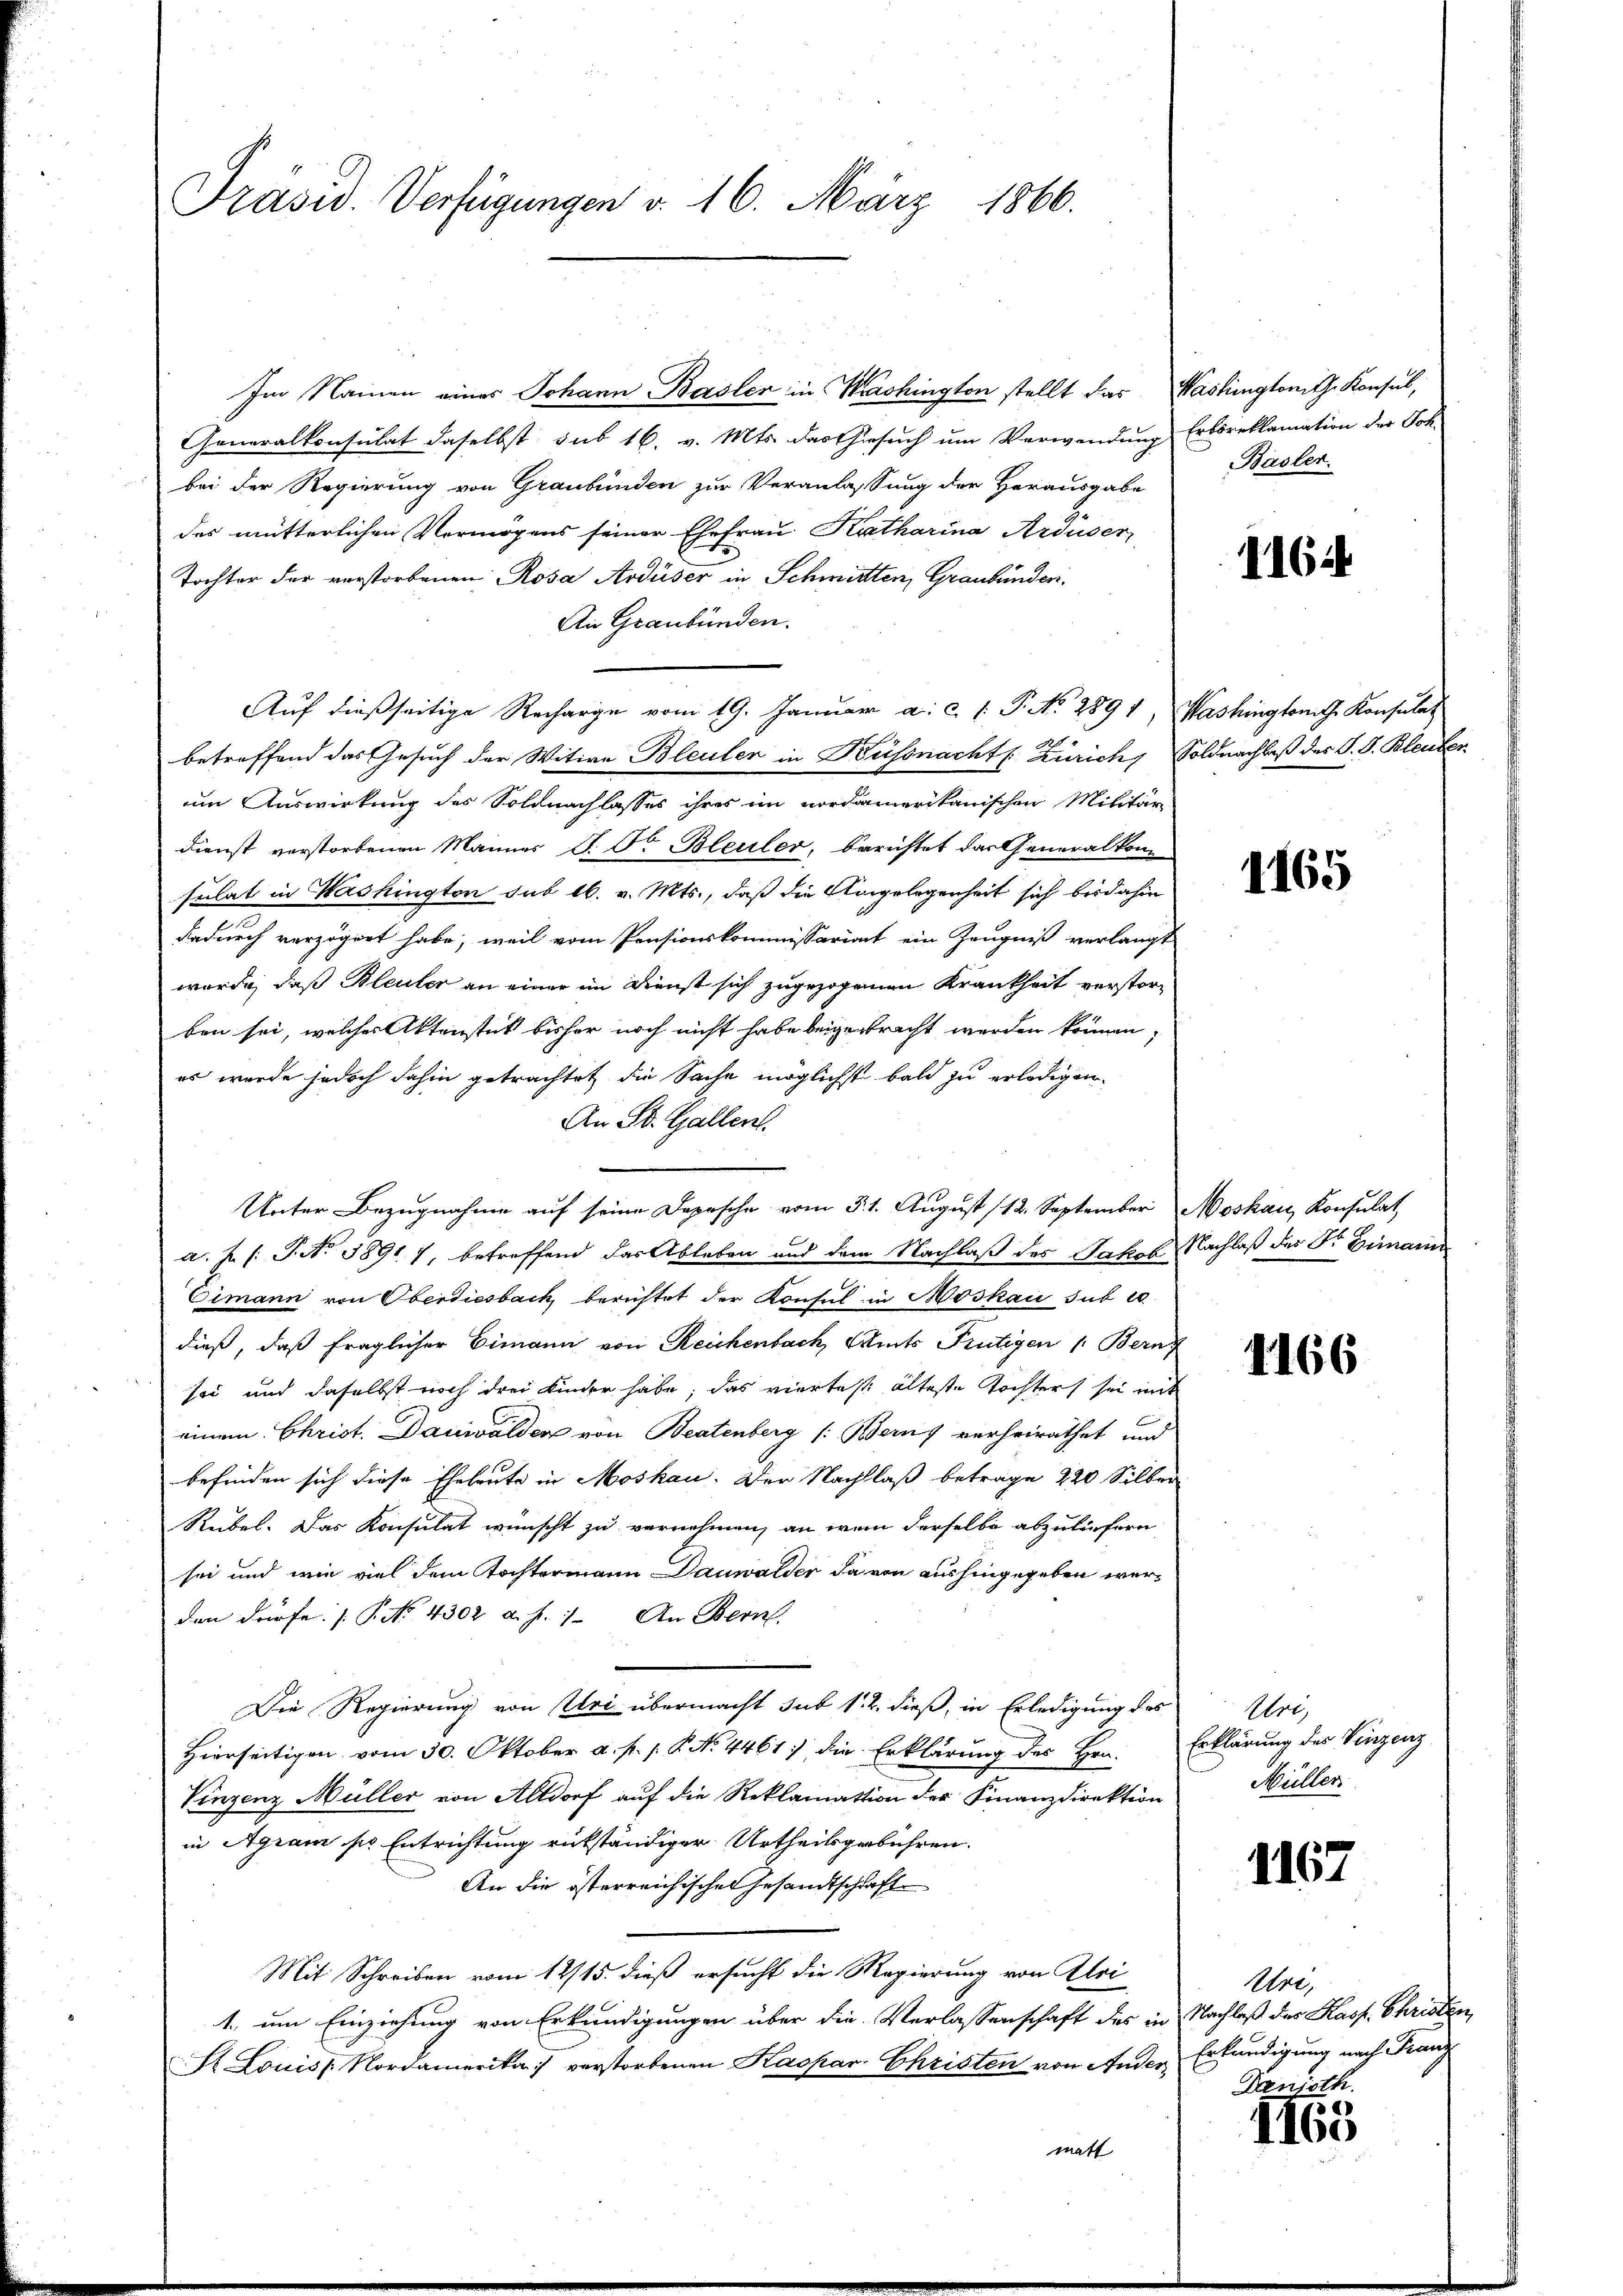
Präsid. Verfügungen v. 16. März 1866.

Generalkonsulat daselbst sub 16. v. Mts. das Gesuch um Verwendung Erbsreklamation der Soh
bei der Regierung von Graubünden zur Veranlassung der Herausgabe
des mütterlichen Vermögens seiner Ehefrau Katharina Arduser,
Tochter der verstorbenen Rosa Ardüser in Schmitten, Graubünden.
An Graubünden.
Auf dießseitige Recharge vom 19. Januar a. c. 1 P. Nr. 2891, Washington Konsulat
betreffend das Gesuch der Witwe Bleuler in Küssnacht Zürich, Soldnachlaß des S. S. Bleuter
um Auswirkung des Soldnachlasses ihres im nordamerikanischen Militär
Dienst verstorbenen Männer P. Dr Bleuler, berichtet das Generalkonsulat in Washington sub 16. v. Mts., daß die Ungelegenheit sich bisdahin
dadurch verzögert habe, weil vom Pensionskommissariant ein Zeugniß verlangt
wurde, daß Bleuler an einer im Dienst sich zugezogenen Krankheit verstorben sei, welches Aktenstet bisher noch nicht habe beigebracht werden können,
es wurde jedoch dahin getrachtet die Sache möglichst bald zu erledigen.
An St. Gallen.
Unter Bezugnahme auf seine Depesche vom 5. 1. August 112. September Moskau, Konsulat
a. J. (: P. Nr. 58917, betreffend das Ableben und dem Nachlaß des Jakob Nachlaß des Dr. Gimann
Cimann von Oberdiesbach berichtet der Konsul in Moskau sub 20
dieß, daß fraglicher Eimann von Reichenbach, Amts Frutigen /: Bern,
sei und daselbst noch drei Kinder habe, das viertes älteste Tochter sei mit
einem Christ. Danwalden von Beatenberg (: Benz verheirathet und
befinden sich diese Eheleute in Moskau. Der Nachlaß betrage 220 Silber
Reibes. Das Konsulat wünscht zu vernehmen, an wenn derselbe abzuliefern
sei und wie viel dem Tochtermann Danwalder da von aushingegeben werden dürfe: / P. No. 4302 a. f. 1. An Bern
Die Regierung von Uri übermacht sub 1. 2. dieß, in Erledigung des
Hierseitigen vom 30. Oktober a. p. p. P. No. 4461. die Erklärung des Hrn. Erklärung des Vinzenz
Vinzenz Müller von Altdorf auf die Reklamation der Finanzdirektion
in Agram sie Entrichtung rückständiger Urtheilsgebühren.
An die österreichischen Gesandtschaft
Mit Schreiben vom 12/15. dieß ersucht die Regierung von Klei
1. um Einziehung von Erkundigungen über die Verlassenschaft des in Nachlaß der Kasp. Christen
St. Louis Nordamerika verstorbenen Kaspar- Christen von Ander Erkundigung nach Franz
matt

Im Namen eines Johann Basler in Washington stellt das Washingtonith Konsul,

Basler.

1164

1165

1166

Uri,
Müller

1167

Uri,
Danjoth.

e
IIbo